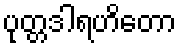
ပုတ္တဒါရဟိတော